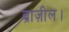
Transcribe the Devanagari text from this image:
ब्राज़ील।